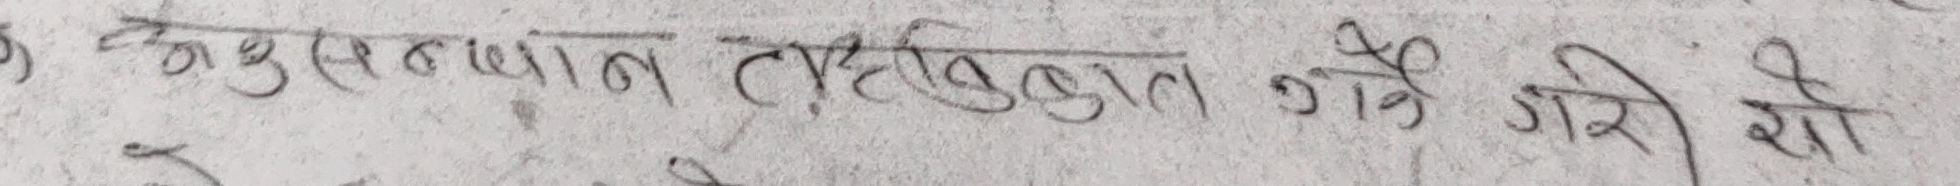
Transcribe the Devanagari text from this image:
अनुसन्धान तहकिकात गर्ने गरी यो